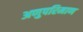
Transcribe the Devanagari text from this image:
अणुपरिमाण